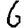
Digit: 6